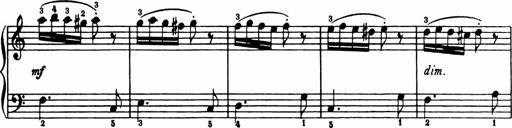
Title: Analytical Sonatinas
Composer: Frank Lynes